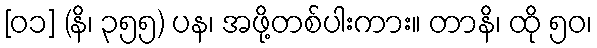
[၀၁] (နိ၊ ၃၅၅) ပန၊ အဖို့တစ်ပါးကား။ တာနိ၊ ထို ၅၀၊